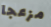
مزعجا